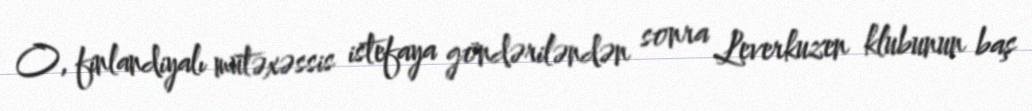
O, finlandiyalı mütəxəssis istefaya göndəriləndən sonra Leverkuzen klubunun baş